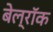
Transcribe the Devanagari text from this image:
बेल्रॉक